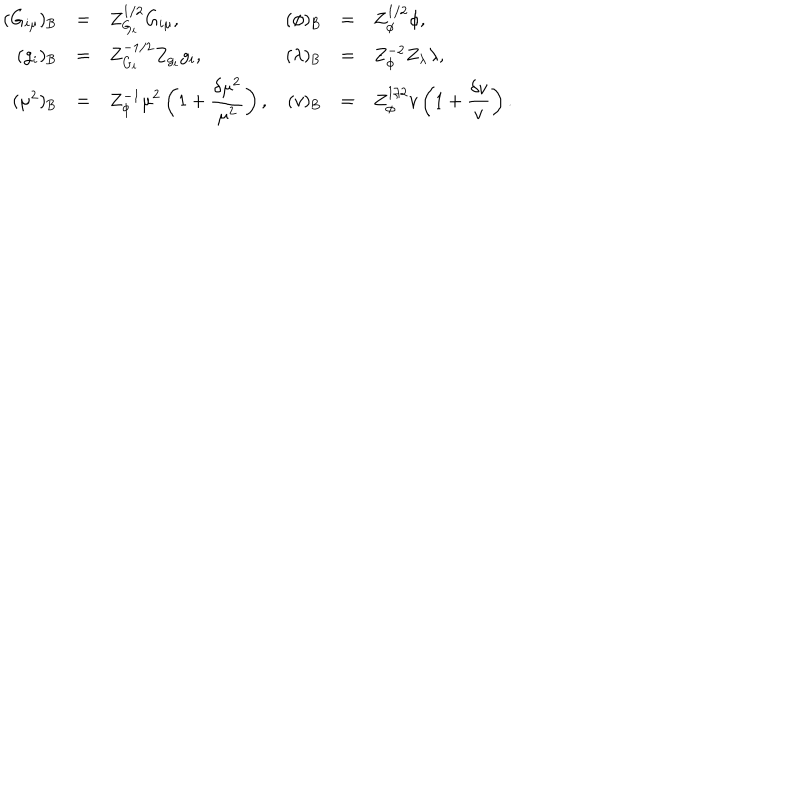
\begin{array} { r c l r c l } { { ( G _ { i \mu } ) _ { \mathrm { B } } } } & { { = } } & { { Z _ { G _ { i } } ^ { 1 / 2 } G _ { i \mu } , } } & { { ( \phi ) _ { \mathrm { B } } } } & { { = } } & { { Z _ { \phi } ^ { 1 / 2 } \phi , } } \\ { { \displaystyle ( g _ { i } ) _ { \mathrm { B } } } } & { { = } } & { { Z _ { G _ { i } } ^ { - 1 / 2 } Z _ { g _ { i } } g _ { i } , } } & { { ( \lambda ) _ { \mathrm { B } } } } & { { = } } & { { Z _ { \phi } ^ { - 2 } Z _ { \lambda } \lambda , } } \\ { { ( \mu ^ { 2 } ) _ { \mathrm { B } } } } & { { = } } & { { \displaystyle Z _ { \phi } ^ { - 1 } \mu ^ { 2 } \left( 1 + \frac { \delta \mu ^ { 2 } } { \mu ^ { 2 } } \right) , } } & { { ( v ) _ { \mathrm { B } } } } & { { = } } & { { \displaystyle Z _ { \phi } ^ { 1 / 2 } v \left( 1 + \frac { \delta v } { v } \right) . } } \\ \end{array}